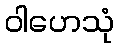
ဝါဟေသုံ